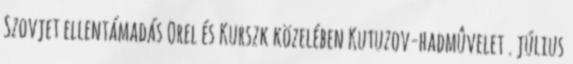
Szovjet ellentámadás Orel és Kurszk közelében Kutuzov-hadmûvelet . július